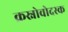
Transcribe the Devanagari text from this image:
क्रस्नोवोदस्क